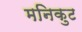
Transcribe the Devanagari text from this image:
मनिकुट